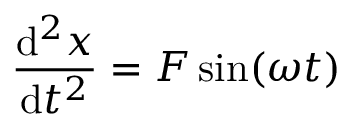
{ \frac { \mathrm { d } ^ { 2 } x } { \mathrm { d } t ^ { 2 } } } = F \sin ( \omega t )